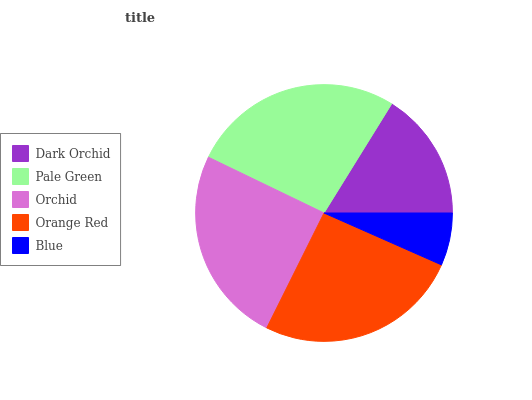
| Dark Orchid | Pale Green | Orchid | Orange Red | Blue |
 | --- | --- | --- | --- | --- |
 | 16.2% | 26.7% | 24.8% | 25.7% | 6.61% |